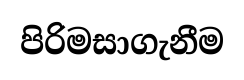
පිරිමසාගැනීම